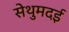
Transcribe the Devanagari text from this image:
सेथुमदई